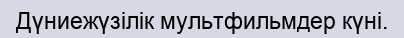
Дүниежүзілік мультфильмдер күні.